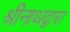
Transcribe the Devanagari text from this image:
श्रीनाथद्वारा